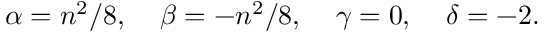
\alpha = { n ^ { 2 } } / { 8 } , \; \; \; \; \beta = - { n ^ { 2 } } / { 8 } , \; \; \; \; \gamma = 0 , \; \; \; \; \delta = - 2 .